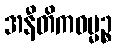
အနီတိကဓမ္မဉ္စ